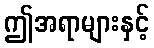
ဤအရာများနှင့်